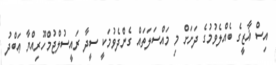
އިސް ޣާޒީގެ ބެއްލެވުމުގެ ދަށަށް މި މައްސަލަތައް ގެންދެވުމަކީ ސީދާ ރައީސުލްޖުމްހޫރިއްޔާ ޢަބްދު